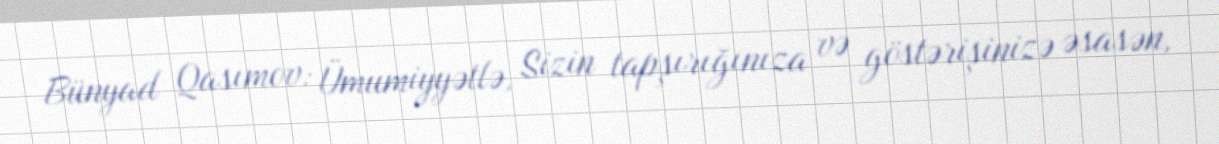
Bünyad Qasımov: Ümumiyyətlə, Sizin tapşırığınıza və göstərişinizə əsasən,